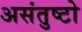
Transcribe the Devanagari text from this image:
असंतुष्टो